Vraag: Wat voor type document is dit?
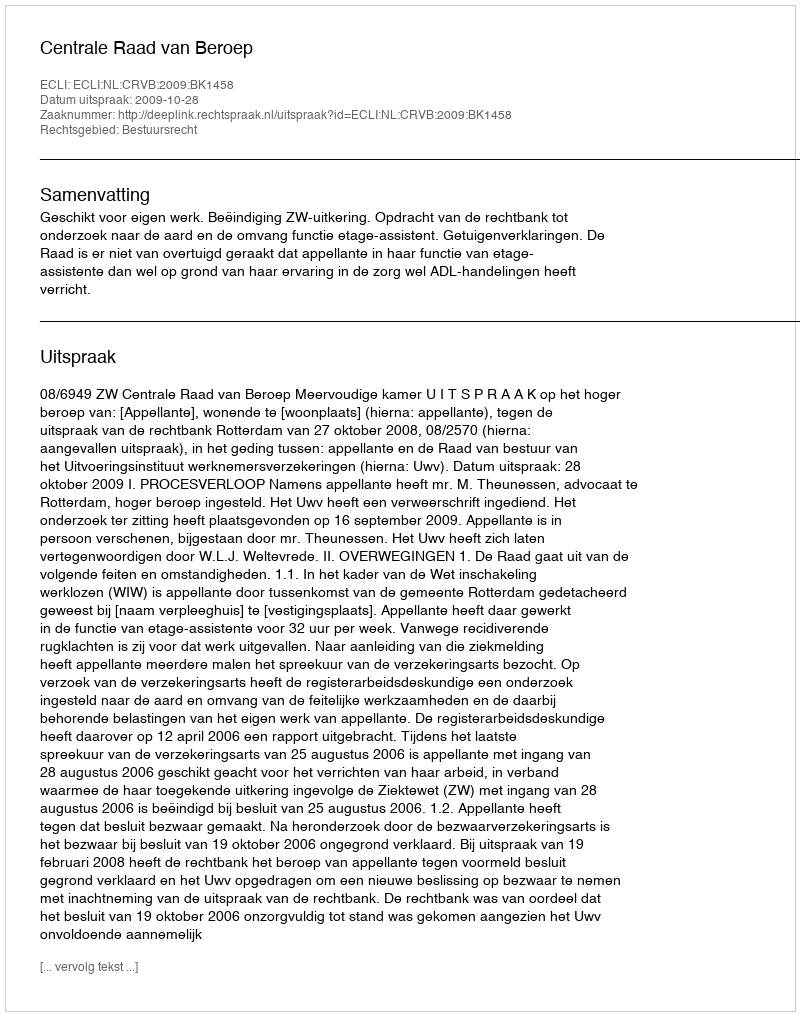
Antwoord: Uitspraak